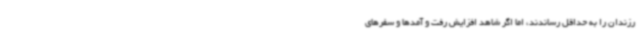
رزندان را به حداقل رساندند، اما اگر شاهد افزایش رفت و آمدها و سفرهای